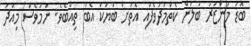
ބޮޑު މަންޒަރު ބަލަން ކެތްމަދުވެފައި އެތަށް ބަޔަކު އެބަ ތިއްބެވެ. ނަމަވެސް މިއަދު